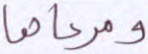
ومرعاها